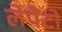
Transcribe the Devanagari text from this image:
लेपैंटो